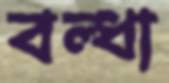
বল্ধা